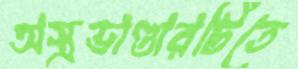
অস্ত্রভাণ্ডারটিতে